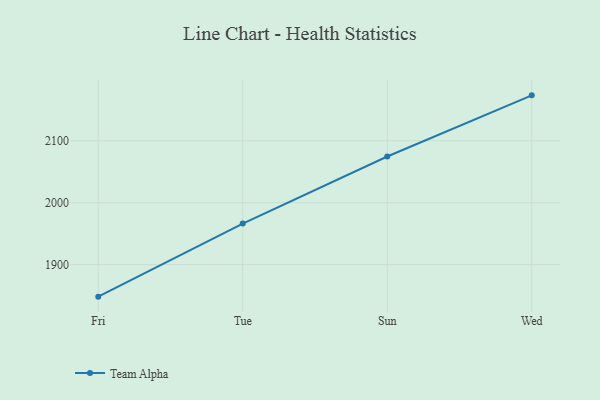
{"axis": {"x": "Day", "y": "Tickets Resolved"}, "legend": ["Team Alpha"], "data": [{"x": "Fri", "y": 1848.3, "type": "Team Alpha"}, {"x": "Tue", "y": 1966.2, "type": "Team Alpha"}, {"x": "Sun", "y": 2074.6, "type": "Team Alpha"}, {"x": "Wed", "y": 2173.3, "type": "Team Alpha"}]}